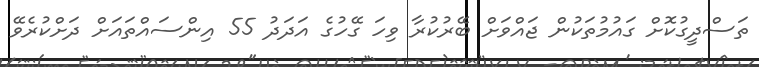
ތަސްދީގުކޮށް ގައުމުތަކުން ޖައްވަށް ބޭރުކުރާ ވިހަ ގޭހުގެ އަދަދު 55 އިންސައްތައަށް ދަށްކުރެވޭ